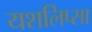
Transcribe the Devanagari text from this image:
यशलिप्सा